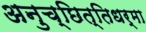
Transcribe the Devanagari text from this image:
अनुच्छित्तिधर्मा